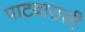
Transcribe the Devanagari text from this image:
पाटवाउसी